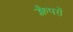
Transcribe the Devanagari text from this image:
क्लैपरों